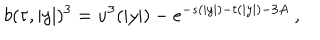
b ( \tau , | y | ) ^ { 3 } = u ^ { 3 } ( | y | ) - e ^ { - s ( | y | ) - t ( | y | ) - 3 A } ~ ,